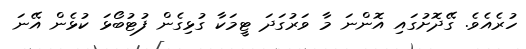
ހުރެއެވެ. ގޭދޮށުގައި އޮންނަ މާ ވަރުގަދަ ޓީމަކާ ގުޅިގެން ފުޓުބޯޅަ ކުޅެން އޭނަ